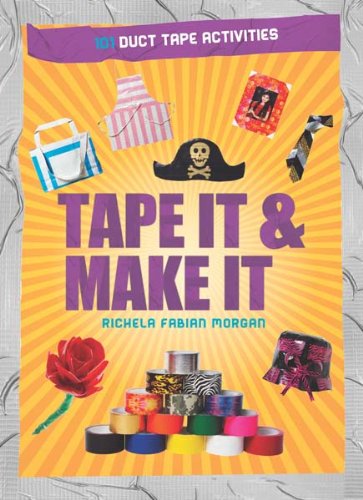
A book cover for Tape It & Make It: 101 Duct Tape Activities (Tape It and...Duct Tape Series); Richela Fabian Morgan; Crafts, Hobbies & Home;